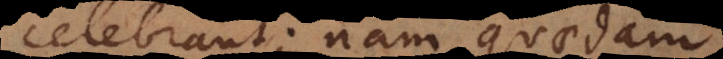
celebrant; nam quaedam